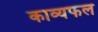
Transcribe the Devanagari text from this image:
काव्यफल